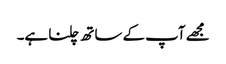
مجھے آپ کے ساتھ چلنا ہے۔